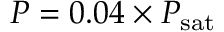
P = 0 . 0 4 \times P _ { \mathrm { s a t } }